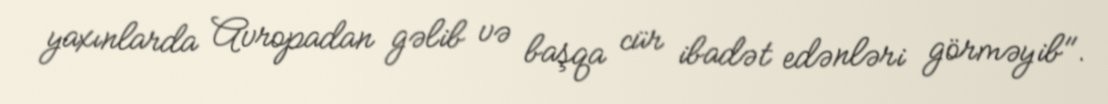
yaxınlarda Avropadan gəlib və başqa cür ibadət edənləri görməyib".